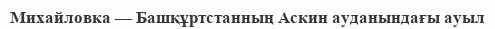
Михайловка — Башқұртстанның Аскин ауданындағы ауыл